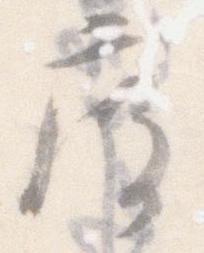
度